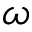
\omega